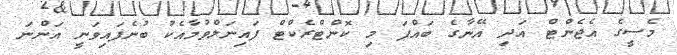
މެސީގެ އެޖެންޓް އަދި އޭނާގެ ބައްޕަ މި ކޮންޓްރެކްޓް ފައިނަލްވުމާއެކު ބުނެފައިވަނީ އަންނަ